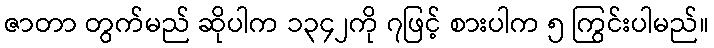
ဇာတာ တွက်မည် ဆိုပါက ၁၃၄၂ကို ၇ဖြင့် စားပါက ၅ ကြွင်းပါမည်။